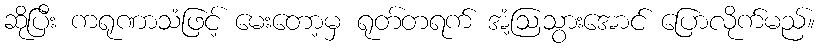
ဆိုပြီး ကရုဏာသံဖြင့် မေးတော့မှ ရုတ်တရက် အံ့ဩသွားအောင် ပြောလိုက်မည်။